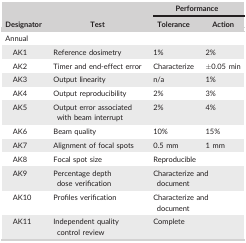
<table><thead><tr><td rowspan="2"><b>Designator</b></td><td rowspan="2"><b>Test</b></td><td colspan="2"><b>Performance</b></td></tr><tr><td><b>Tolerance</b></td><td><b>Action</b></td></tr></thead><tbody><tr><td colspan="4">Annual</td></tr><tr><td>AK1</td><td>Reference dosimetry</td><td>1%</td><td>2%</td></tr><tr><td>AK2</td><td>Timer and end‐effect error</td><td>Characterize</td><td>±0.05 min</td></tr><tr><td>AK3</td><td>Output linearity</td><td>n/a</td><td>1%</td></tr><tr><td>AK4</td><td>Output reproducibility</td><td>2%</td><td>3%</td></tr><tr><td>AK5</td><td>Output error associated with beam interrupt</td><td>2%</td><td>4%</td></tr><tr><td>AK6</td><td>Beam quality</td><td>10%</td><td>15%</td></tr><tr><td>AK7</td><td>Alignment of focal spots</td><td>0.5 mm</td><td>1 mm</td></tr><tr><td>AK8</td><td>Focal spot size</td><td colspan="2">Reproducible</td></tr><tr><td>AK9</td><td>Percentage depth dose verification</td><td colspan="2">Characterize and document</td></tr><tr><td>AK10</td><td>Profiles verification</td><td colspan="2">Characterize and document</td></tr><tr><td>AK11</td><td>Independent quality control review</td><td colspan="2">Complete</td></tr></tbody></table>